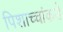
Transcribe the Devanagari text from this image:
पिशाच्चांकडे